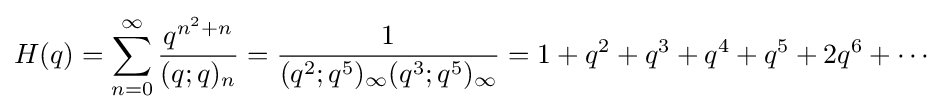
H(q)=\sum _{n=0}^{\infty }{\frac {q^{n^{2}+n}}{(q;q)_{n}}}={\frac {1}{(q^{2};q^{5})_{\infty }(q^{3};q^{5})_{\infty }}}=1+q^{2}+q^{3}+q^{4}+q^{5}+2q^{6}+\cdots